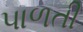
પાળતી